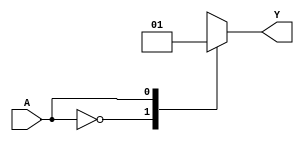
module single_variable_kmap (
    input wire A,      // 1-bit input
    output reg Y       // 1-bit output
);

// Define the output values for the K-map
parameter Y0 = 1'b0; // Output when A = 0
parameter Y1 = 1'b1; // Output when A = 1

always @(*) begin
    case (A)
        1'b0: Y = Y0;  // If A is 0, assign Y0 to Y
        1'b1: Y = Y1;  // If A is 1, assign Y1 to Y
        default: Y = 1'b0; // Default case (should not occur with 1-bit input)
    endcase
end

endmodule